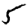
Digit: 5